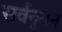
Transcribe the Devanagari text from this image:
सर्वनूतन